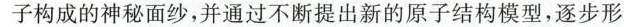
子构成的神秘面纱，并通过不断提出新的原子结构模型，逐步形